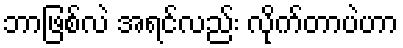
ဘာဖြစ်လဲ အရင်လည်း လိုက်တာပဲဟာ